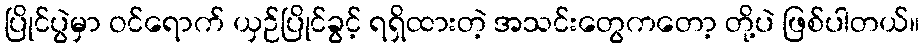
ပြိုင်ပွဲမှာ ဝင်ရောက် ယှဉ်ပြိုင်ခွင့် ရရှိထားတဲ့ အသင်းတွေကတော့ တို့ပဲ ဖြစ်ပါတယ်။